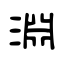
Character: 淵